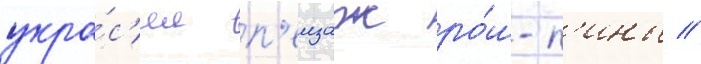
укра́с'ил п'еизаж ро́ш-п'ины //